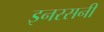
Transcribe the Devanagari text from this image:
इनरसनी